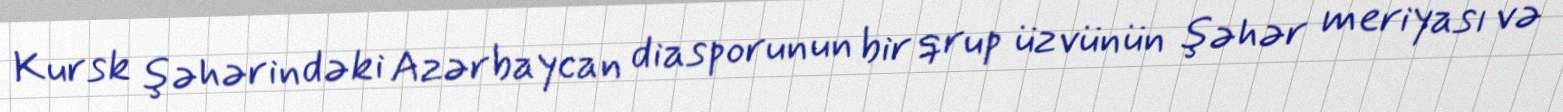
Kursk şəhərindəki Azərbaycan diasporunun bir qrup üzvünün şəhər meriyası və